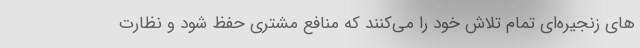
های زنجیره‌ای تمام تلاش خود را می‌کنند که منافع مشتری حفظ شود و نظارت